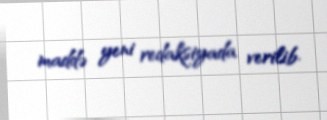
maddə yeni redaksiyada verilib.